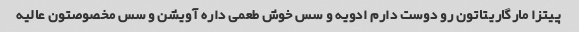
پیتزا مارگاریتاتون رو دوست دارم ادویه و سس خوش طعمی داره آویشن و سس مخصوصتون عالیه